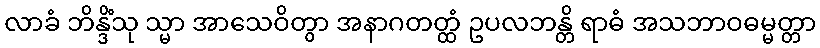
လာခံ ဘိန္ဒိံသု သ္မာ အာသေဝိတွာ အနာဂတတ္ထံ ဥပလဘန္တိ ရာဓံ အသဘာဝဓမ္မတ္တာ